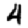
Digit: 4